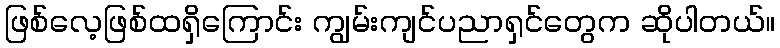
ဖြစ်လေ့ဖြစ်ထရှိကြောင်း ကျွမ်းကျင်ပညာရှင်တွေက ဆိုပါတယ်။